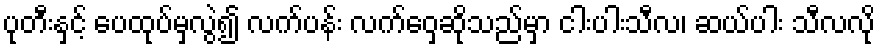
ပုတီးနှင့် ပေထုပ်မှလွဲ၍ လက်ပန်း လက်ဝှေ့ဆိုသည်မှာ ငါးပါးသီလ၊ ဆယ်ပါး သီလလို